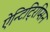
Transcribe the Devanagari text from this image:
ऐन्टिट्रिप्सिन